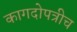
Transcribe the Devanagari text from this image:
कागदोपत्रीच